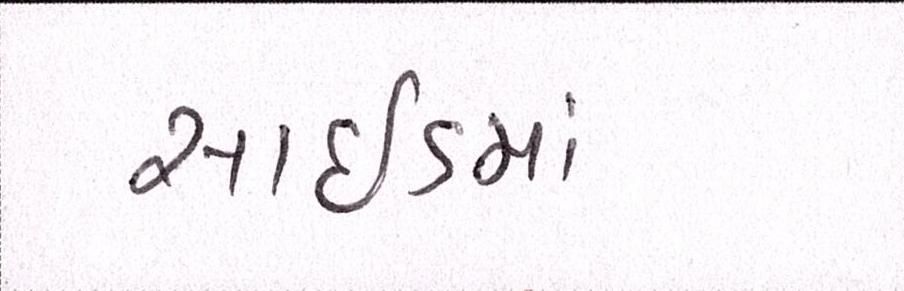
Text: સાઇડમાં